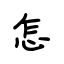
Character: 怎